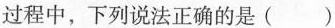
过程中，下列说法正确的是( )